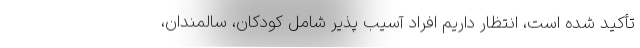
تأکید شده است، انتظار داریم افراد آسیب پذیر شامل کودکان، سالمندان،